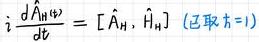
$i \frac{d \hat{A}_{\mathrm{H}}(t)}{d t}=\left[\hat{A}_{\mathrm{H}}, \hat{H}_{\mathrm{H}}\right] $已取$ \hbar=1 \text { ) }$